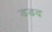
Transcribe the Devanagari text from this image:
डडद